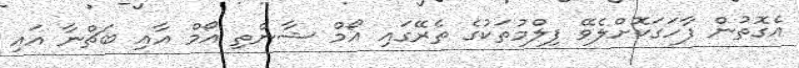
އެގޮތުން ފާހަގަކޮށްލެވޭ ފިލްމުތަކުގެ ތެރޭގައި އޯމް ޝާންތި އޯމް އާއި ބަޗްނާ އައި